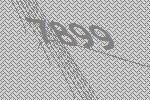
7899